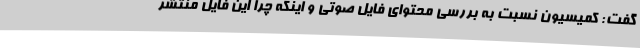
گفت: کمیسیون نسبت به بررسی محتوای فایل صوتی و اینکه چرا این فایل منتشر